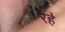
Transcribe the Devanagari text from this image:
रह॓